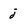
Character: j